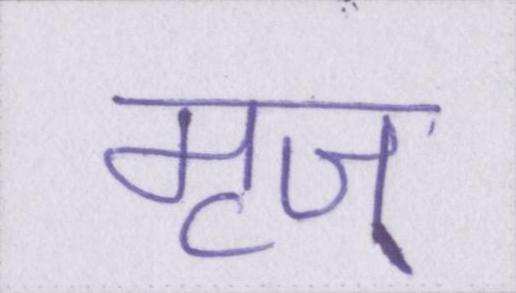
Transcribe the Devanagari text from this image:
मृज्